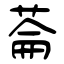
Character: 菕